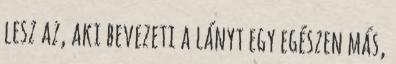
lesz az, aki bevezeti a lányt egy egészen más,